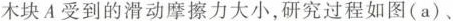
木块A受到的滑动摩擦力大小，研究过程如图(a)、